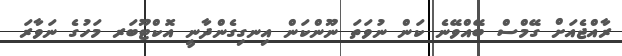
ރާއްޖެއަށް ގޭމްސް ބޭއްވޭނެ ކަން ނުވަތަ ނޫންކަން އިނގިގެންދާނީ އޮކްޓޫބަރ މަހުގެ ނަވާރަ